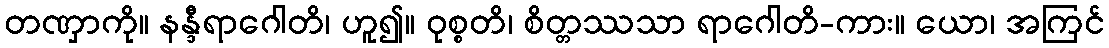
တဏှာကို။ နန္ဒီရာဂေါတိ၊ ဟူ၍။ ဝုစ္စတိ၊ စိတ္တဿသာ ရာဂေါတိ-ကား။ ယော၊ အကြင်